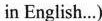
in English…)